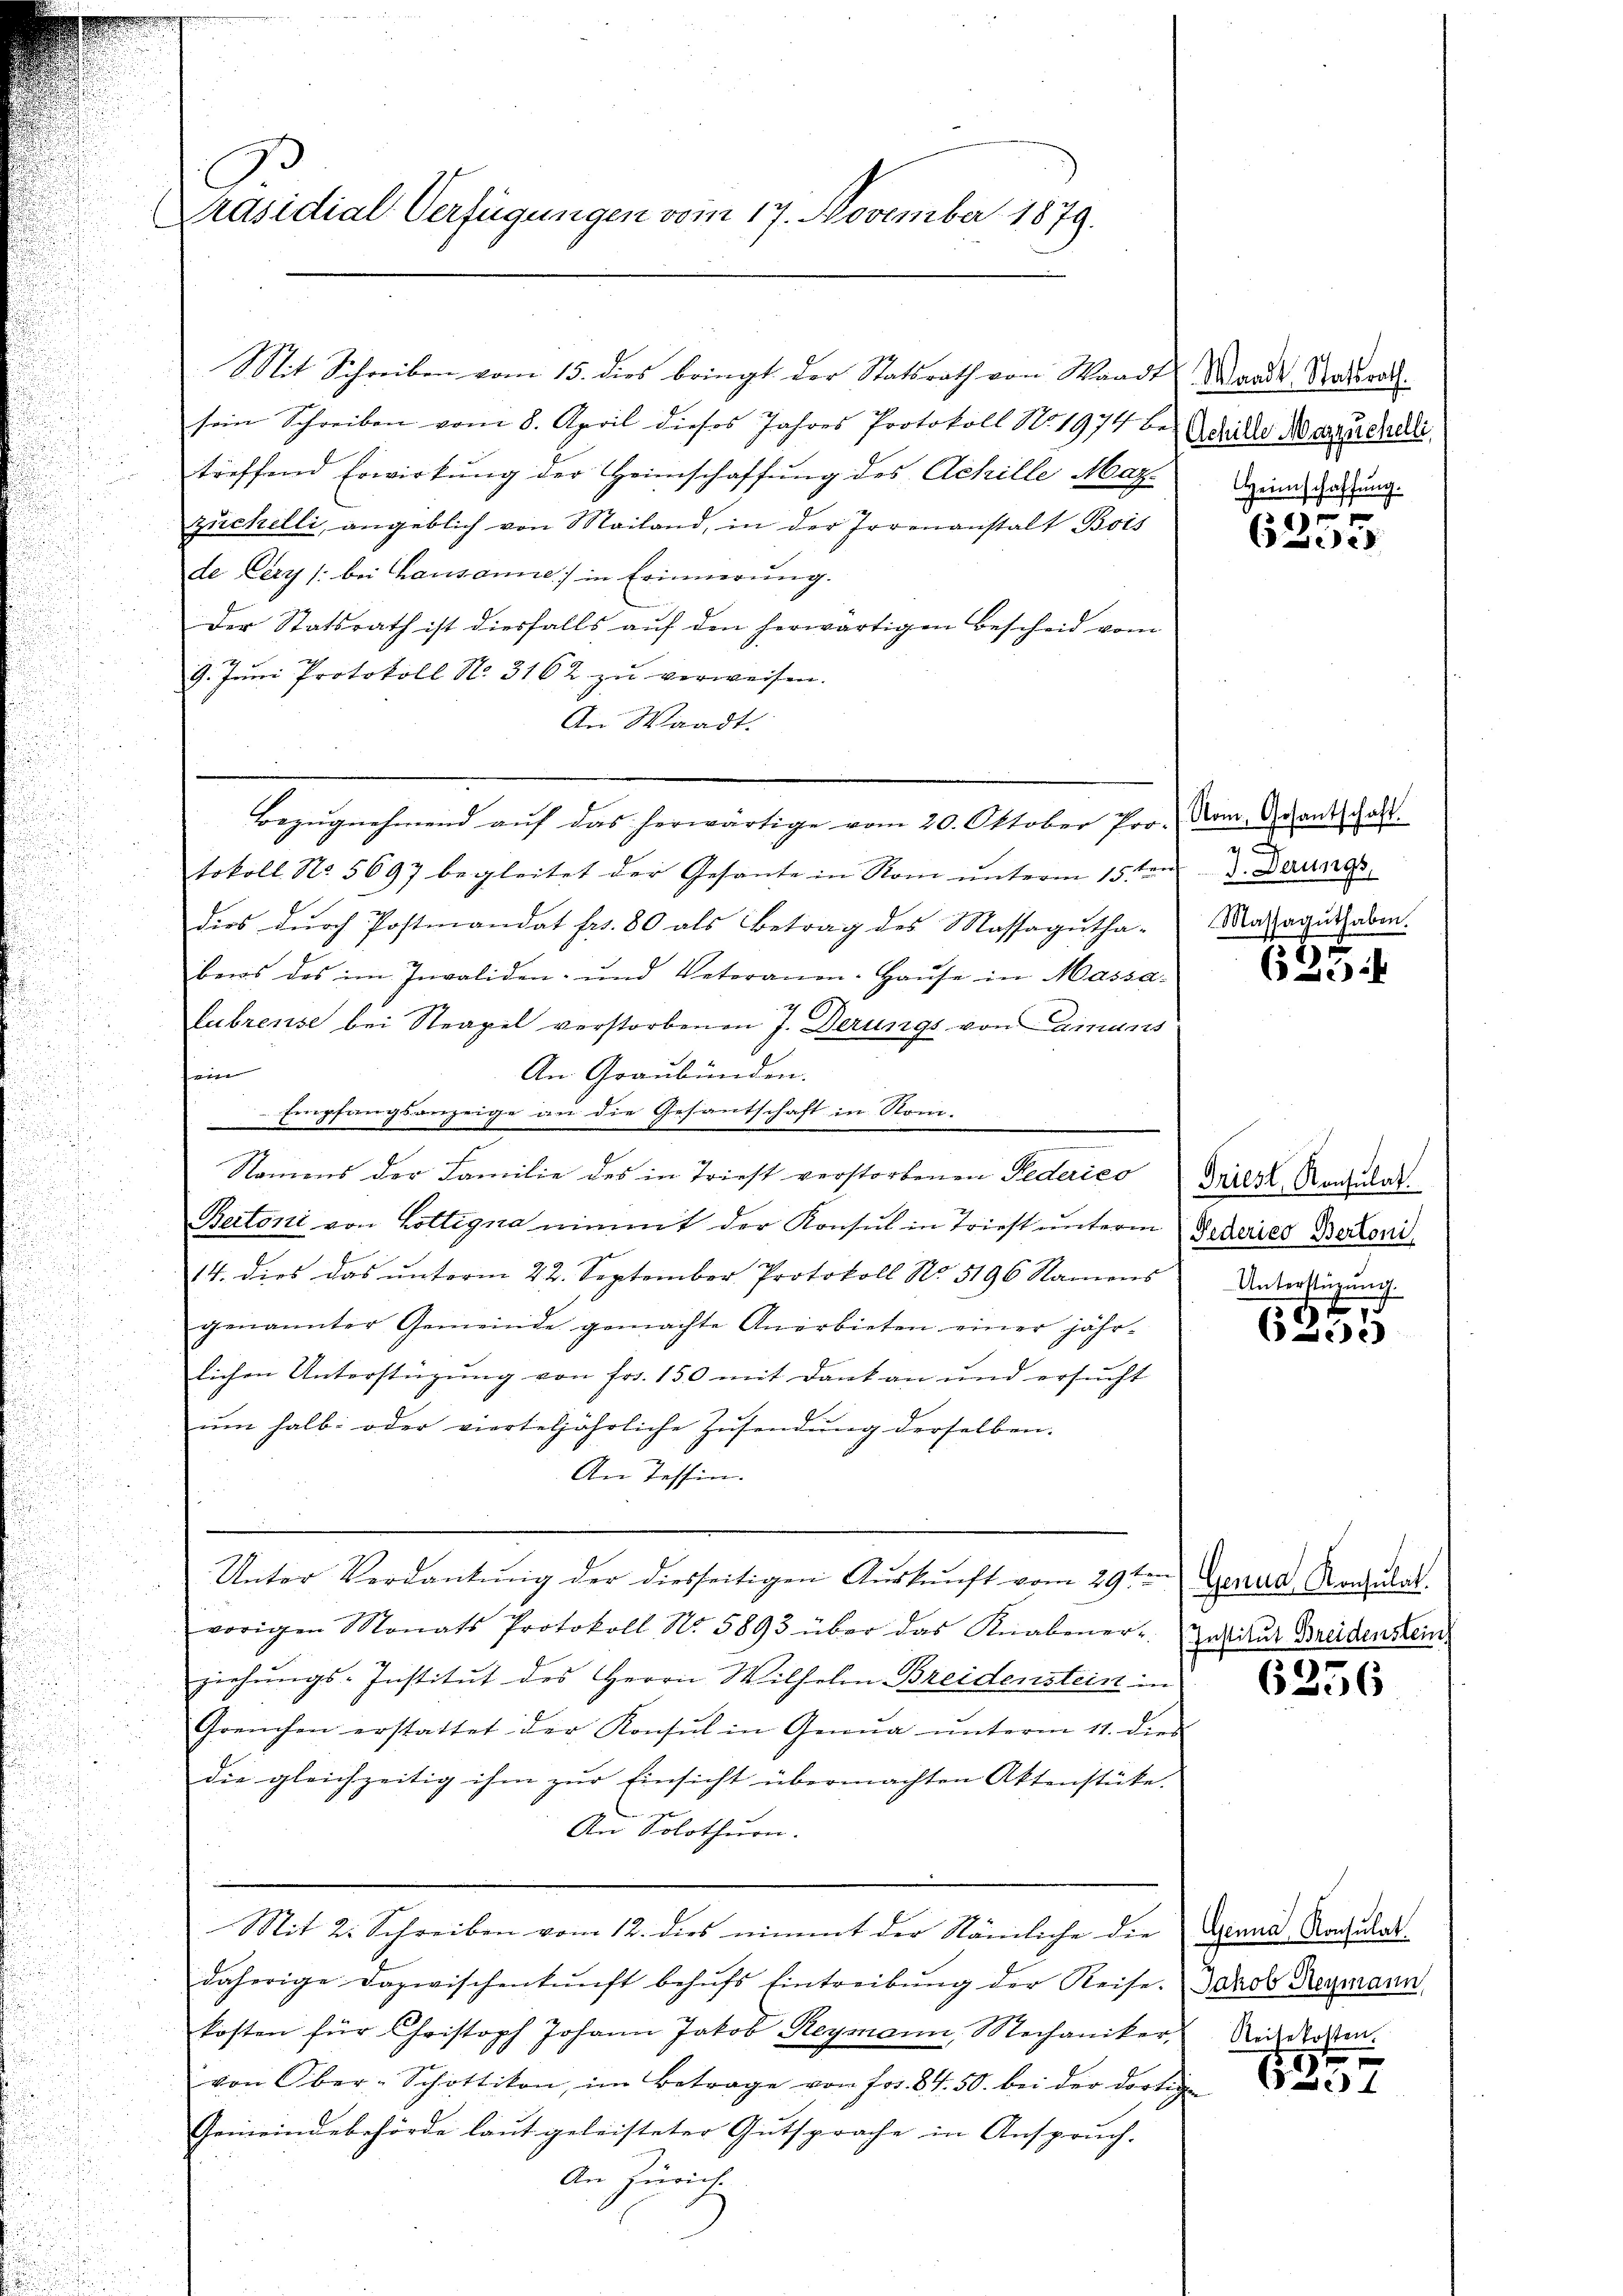
Präsidial-Verfügungen vom 17. November 1879.

Mit Schreiben vom 15. dies bringt der Statsrath von Waadt Waadt Stadtrod
sein Schreiben vom 8. April dieses Jahres Protokoll No. 1974 beide Aerzüchelli
treffend Erwirkung der Heimschaffung des Achille Mar-
zŭchelli, angeblich von Mailand, in der Irrenanstalt Bois
de Cery /: bei Lausanne in Erinnerung.

Der Statsrath ist diesfalls auf den herwärtigen Bescheid vom
9. Jŭni Protokoll No. 3162 zŭ verweisen.
An Waadt.
Bezŭgnehmend aŭf das herwärtige vom 20. Oktober Pro. Dom. Grandschalt
tokoll No 5697 begleitet der Gesante in Rom ŭnterm 15ten . Dann
dies durch Postmandat fr. 80 als Betrag des Massagŭtha-Maaguthaben.
bers des im Invaliden- und Vetoranen-Haŭse in Massa-
Lubrense bei Steapel verstorbenen J. Derungs von ainums
sein
An Graubünden.
Empfangsanzeige an die Gesantschaft in Nomi-
e
Namens der Familie des in Triest verstorbenen Federico
Bertoni von Lottigna nimmt der Konsul in Triest unterm Federes Bertoni
14. dies das ŭnterm 22. September Protokoll No. 5196 Namens
genannter Gemeinde gemachte Anerbieten einer jähr-
lichen Unterstützŭng von fr. 150 mit Dank an und ersŭcht
um halb oder vierteljährliche Zusendung derselben.
An Tessin.
Unter Verdankŭng der diesseitigen Aŭskŭnft vom 29ten Genua, Konsulat
vorigen Monats Protokoll No. 5893 über das Knabener-
ziehungs-Institut des Herrn Wilhelm Breidensteint in
Grenchen erstattet der Konsul in Genua ŭnterm 11. dies
die gleichzeitig ihm zur Einsicht übermachten Aktenstücke.
An Solothurn.
Mit 2. Schreiben vom 12. dies nimmt der Nämliche die
daherige Dazwischenkunft behŭfs Eintreibŭng der Reise-
kosten für Christoph Johann Jakob Reymann, Mechaniker Niederken.
von Ober-Schottikon, im Betrage von frs. 84. 50. bei der dortige
Gemeindebehörde laut geleisteter Gutsprache in Anspruch- |
An Zürich.

Heimschaffung.

6355

J

625.

Triest, Konsulat
Unterstüzung.

6355

Institut Breidenstein

6256

Genua, Konsulat
Jakob Heymann,

1357